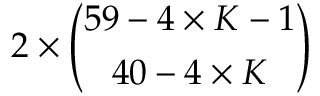
2 \times \binom { 5 9 - 4 \times K - 1 } { 4 0 - 4 \times K }